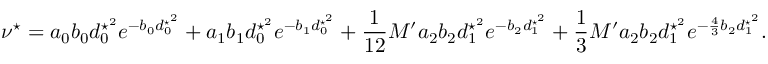
\nu ^ { \star } = a _ { 0 } b _ { 0 } d _ { 0 } ^ { \star ^ { 2 } } e ^ { - b _ { 0 } d _ { 0 } ^ { \star ^ { 2 } } } + a _ { 1 } b _ { 1 } d _ { 0 } ^ { \star ^ { 2 } } e ^ { - b _ { 1 } d _ { 0 } ^ { \star ^ { 2 } } } + \frac { 1 } { 1 2 } M ^ { \prime } a _ { 2 } b _ { 2 } d _ { 1 } ^ { \star ^ { 2 } } e ^ { - b _ { 2 } d _ { 1 } ^ { \star ^ { 2 } } } + \frac { 1 } { 3 } M ^ { \prime } a _ { 2 } b _ { 2 } d _ { 1 } ^ { \star ^ { 2 } } e ^ { - \frac { 4 } { 3 } b _ { 2 } d _ { 1 } ^ { \star ^ { 2 } } } .